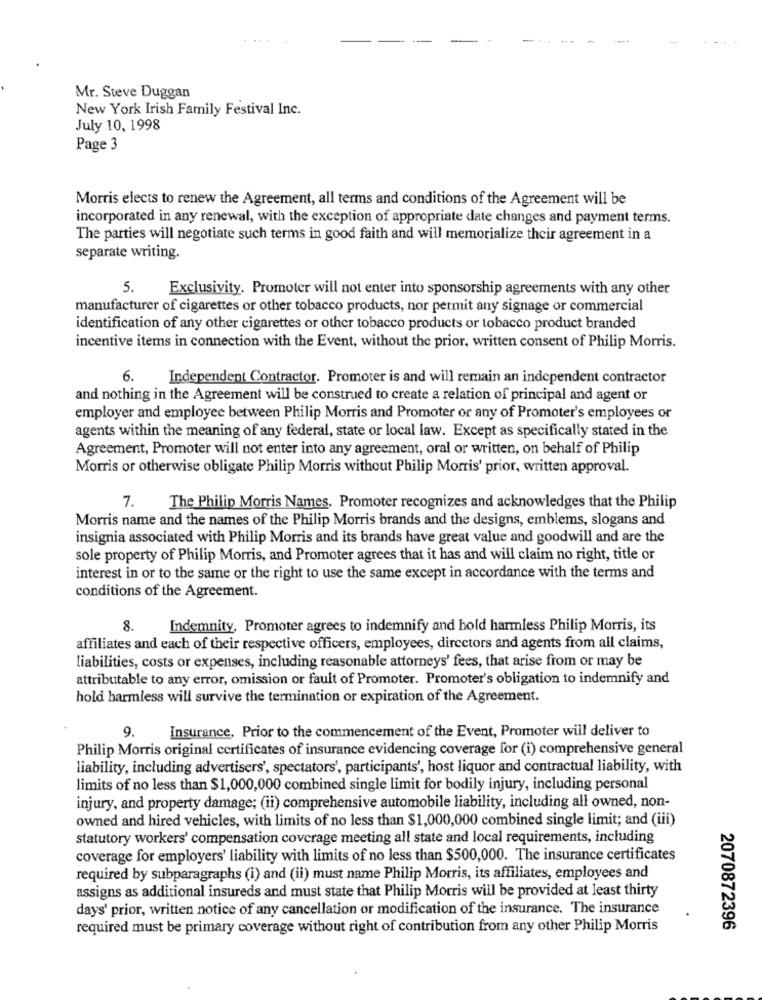
Mr. Steve Duggan
New York Irish Family Festival Inc.
July 10, 1998
Page 3
Morris elects to renew the Agreement, all terms and conditions of the Agreement will be
incorporated in any renewal, with the exception of appropriate date changes and payment terms.
The parties will negotiate such terms in good faith and will memorialize their agreement in a
separate writing.
5.
Exclusivity. Promoter will not enter into sponsorship agreements with any other
manufacturer of cigarettes or other tobacco products, nor permit any signage or commercial
identification of any other cigarettes or other tobacco products or tobacco product branded
incentive items in connection with the Event, without the prior, written consent of Philip Morris.
6.
Independent Contractor. Promoter is and will remain an independent contractor
and nothing in the Agreement will be construed to create a relation of principal and agent or
employer and employee between Philip Morris and Promoter or any of Promoter's employees or
agents within the meaning of any federal, state or local law. Except as specifically stated in the
Agreement, Promoter will not enter into any agreement, oral or written, on behalf of Philip
Morris or otherwise obligate Philip Morris without Philip Morris' prior, written approval.
7.
The Philip Morris Names. Promoter recognizes and acknowledges that the Philip
Morris name and the names of the Philip Morris brands and the designs, emblems, slogans and
insignia associated with Philip Morris and its brands have great value and goodwill and are the
sole property of Philip Morris, and Promoter agrees that it has and will claim no right, title or
interest in or to the same or the right to use the same except in accordance with the terms and
conditions of the Agreement.
8.
Indemnity, Promoter agrees to indemnify and hold harmless Philip Morris, its
affiliates and each of their respective officers, employees, directors and agents from all claims,
liabilities, costs or expenses, including reasonable attorneys' fees, that arise from or may be
attributable to any error, omission or fault of Promoter. Promoter's obligation to indemnify and
hold harmless will survive the termination or expiration of the Agreement.
Insurance, Prior to the commencement of the Event, Promoter will deliver to
9.
Philip Morris original certificates of insurance evidencing coverage for (i) comprehensive general
liability, including advertisers', spectators', participants', host liquor and contractual liability, with
limits of no less than $1,000,000 combined single limit for bodily injury, including personal
injury, and property damage; (ii) comprehensive automobile liability, including all owned, non-
owned and hired vehicles, with limits of no less than $1,000,000 combined single limit; and (iii)
statutory workers' compensation coverage meeting all state and local requirements, including
coverage for employers' liability with limits of no less than $500,000. The insurance certificates
required by subparagraphs (i) and (ii) must name Philip Morris, its affiliates, employees and
assigns as additional insureds and must state that Philip Morris will be provided at least thirty
days' prior, written notice of any cancellation or modification of the insurance. The insurance
required must be primary coverage without right of contribution from any other Philip Morris
2070872396